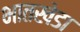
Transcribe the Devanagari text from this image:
भातखेडा